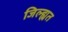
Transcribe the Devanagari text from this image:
जिल्ह्यत